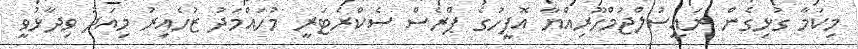
މިކަމާ ގުޅިގެން ރައީސުލްޖުމްހޫރިއްޔާ އޮފީހުގެ ޕްރެސް ސެކްރެޓަރީ މުހައްމަދު ޒުހެއިރު މިއަދު ވިދާޅުވީ